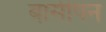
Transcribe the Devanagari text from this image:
बासीपन